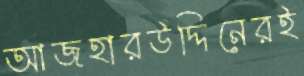
আজহারউদ্দিনেরই